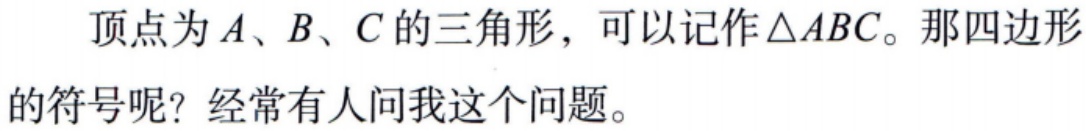
顶点为\(A\)、\(B\)、\(C\)的三角形，可以记作\(\triangle ABC\)。那四边形的符号呢？经常有人问我这个问题。